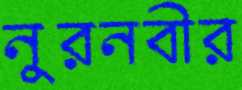
নুরনবীর